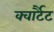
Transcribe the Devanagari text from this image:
क्वार्टैट